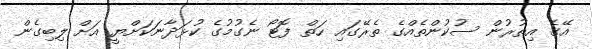
އޭގެ އިތުރުން ސުކުންތެއްގެ ތެރޭގައި ހަތް ފޮޓޯ ނެގުމުގެ ކުޅަދާނަކަށްޔީ އަށް ލިބިގެން